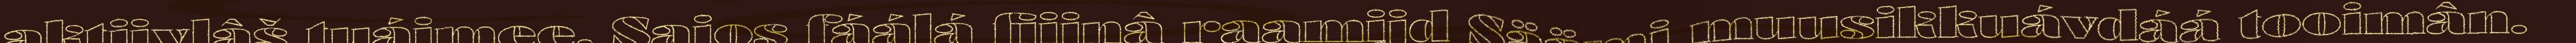
aktiivlâš tuáimee. Sajos fáálá fiijnâ raamijd Säämi muusikkuávdáá tooimân.